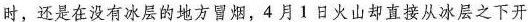
时，还是在没有冰层的地方冒烟，4月1日火山却直接从冰层之下开